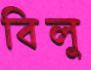
বিলু